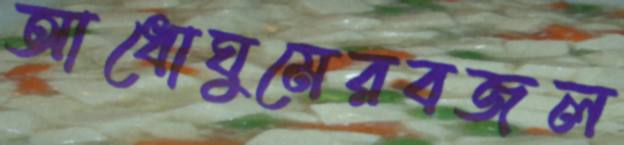
আধোঘুমেরবজল